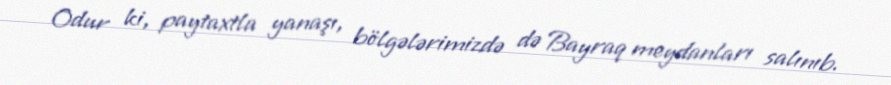
Odur ki, paytaxtla yanaşı, bölgələrimizdə də Bayraq meydanları salınıb.